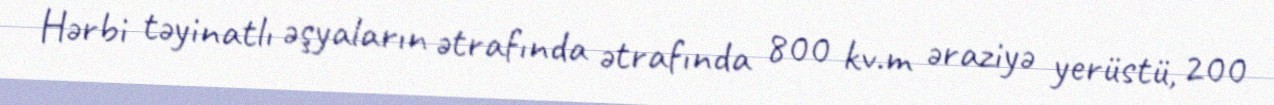
Hərbi təyinatlı əşyaların ətrafında ətrafında 800 kv.m əraziyə yerüstü, 200